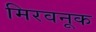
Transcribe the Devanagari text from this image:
मिरवनूक